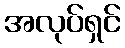
အလုပ်ရှင်